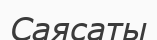
Саясаты